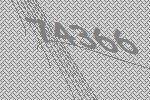
74366